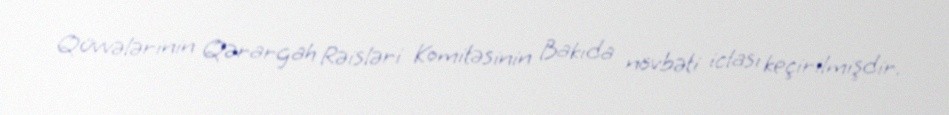
Qüvvələrinin Qərargah Rəisləri Komitəsinin Bakıda növbəti iclası keçirilmişdir.